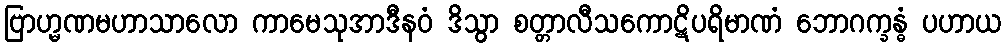
ဗြာဟ္မဏမဟာသာလော ကာမေသုအာဒီနဝံ ဒိသွာ စတ္တာလီသကောဋိပရိမာဏံ ဘောဂက္ခန္ဓံ ပဟာယ